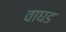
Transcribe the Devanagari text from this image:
वाघड